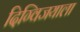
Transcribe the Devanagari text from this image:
दिग्विजयाला